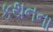
કથનના